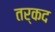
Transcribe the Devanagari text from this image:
तर्कद